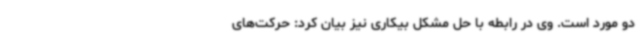
دو مورد است. وی در رابطه با حل مشکل بیکاری نیز بیان کرد: حرکت‌های